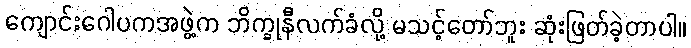
ကျောင်းဂေါပကအဖွဲ့က ဘိက္ခုနီလက်ခံလို့ မသင့်တော်ဘူး ဆုံးဖြတ်ခဲ့တာပါ။